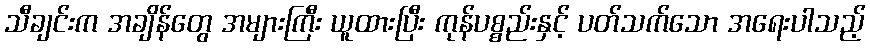
သီချင်းက အချိန်တွေ အများကြီး ယူထားပြီး ကုန်ပစ္စည်းနှင့် ပတ်သက်သော အရေးပါသည့်